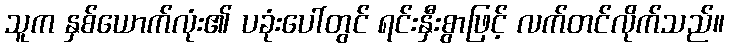
သူက နှစ်ယောက်လုံး၏ ပခုံးပေါ်တွင် ရင်းနှီးစွာဖြင့် လက်တင်လိုက်သည်။